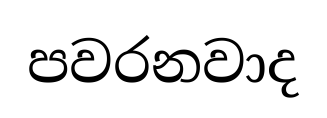
පවරනවාද